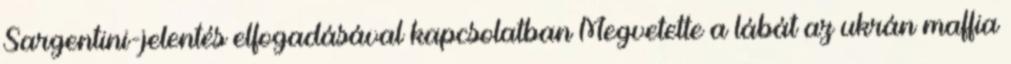
Sargentini-jelentés elfogadásával kapcsolatban Megvetette a lábát az ukrán maffia